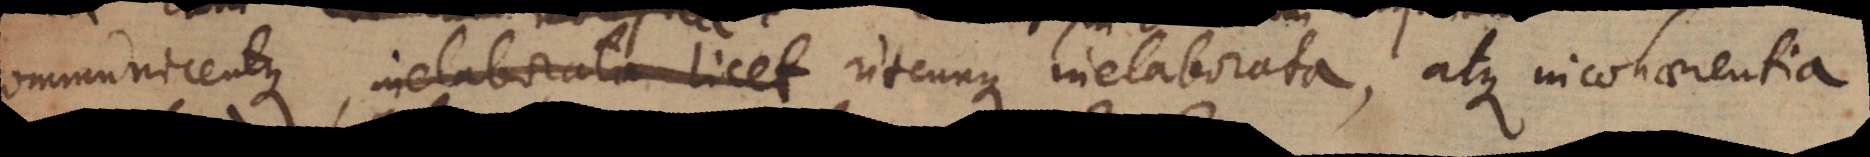
communicentque, inelaborata licet utcunque inelaborata, atque incohaerentia